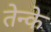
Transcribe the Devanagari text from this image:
तेन्के